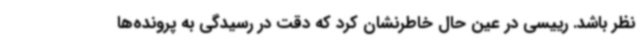
نظر باشد. رییسی در عین حال خاطرنشان کرد که دقت در رسیدگی به پرونده‌ها